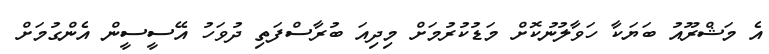
އެ މަޝްރޫއު ބަޔަކާ ހަވާލުނުކޮށް މަޑުކުރުމަށް މިދިއަ ބުރާސްފަތި ދުވަހު އޭސީސީން އެންގުމަށް